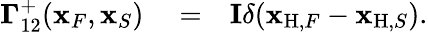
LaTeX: \begin{array}{rlr}{{\mathbf\Gamma}_{12}^{+}({\mathbf x}_{F},{\mathbf x}_{S})}&{{}=}&{{\mathbf I}\delta({\mathbf x}_{\mathrm{H},F}-{\mathbf x}_{\mathrm{H},S}).}\end{array}